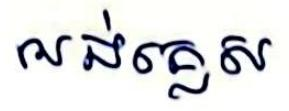
អង់គ្លេស